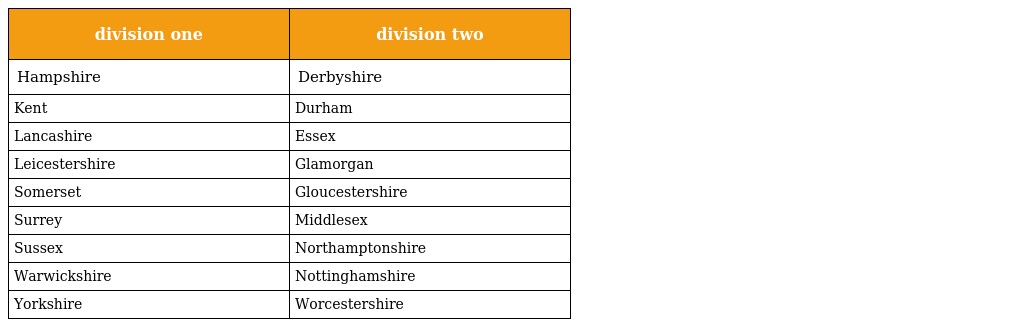
| division one | division two |
 | --- | --- |
 | Hampshire | Derbyshire |
 | Kent | Durham |
 | Lancashire | Essex |
 | Leicestershire | Glamorgan |
 | Somerset | Gloucestershire |
 | Surrey | Middlesex |
 | Sussex | Northamptonshire |
 | Warwickshire | Nottinghamshire |
 | Yorkshire | Worcestershire |